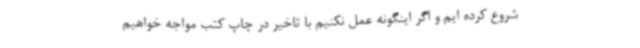
شروع کرده ایم و اگر اینگونه عمل نکنیم با تاخیر در چاپ کتب مواجه خواهیم